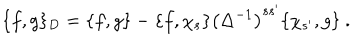
\{ f , g \} _ { D } = \{ f , g \} - \{ f , \chi _ { s } \} \left( \Delta ^ { - 1 } \right) ^ { s s ^ { \prime } } \{ \chi _ { s ^ { \prime } } , g \} \ .